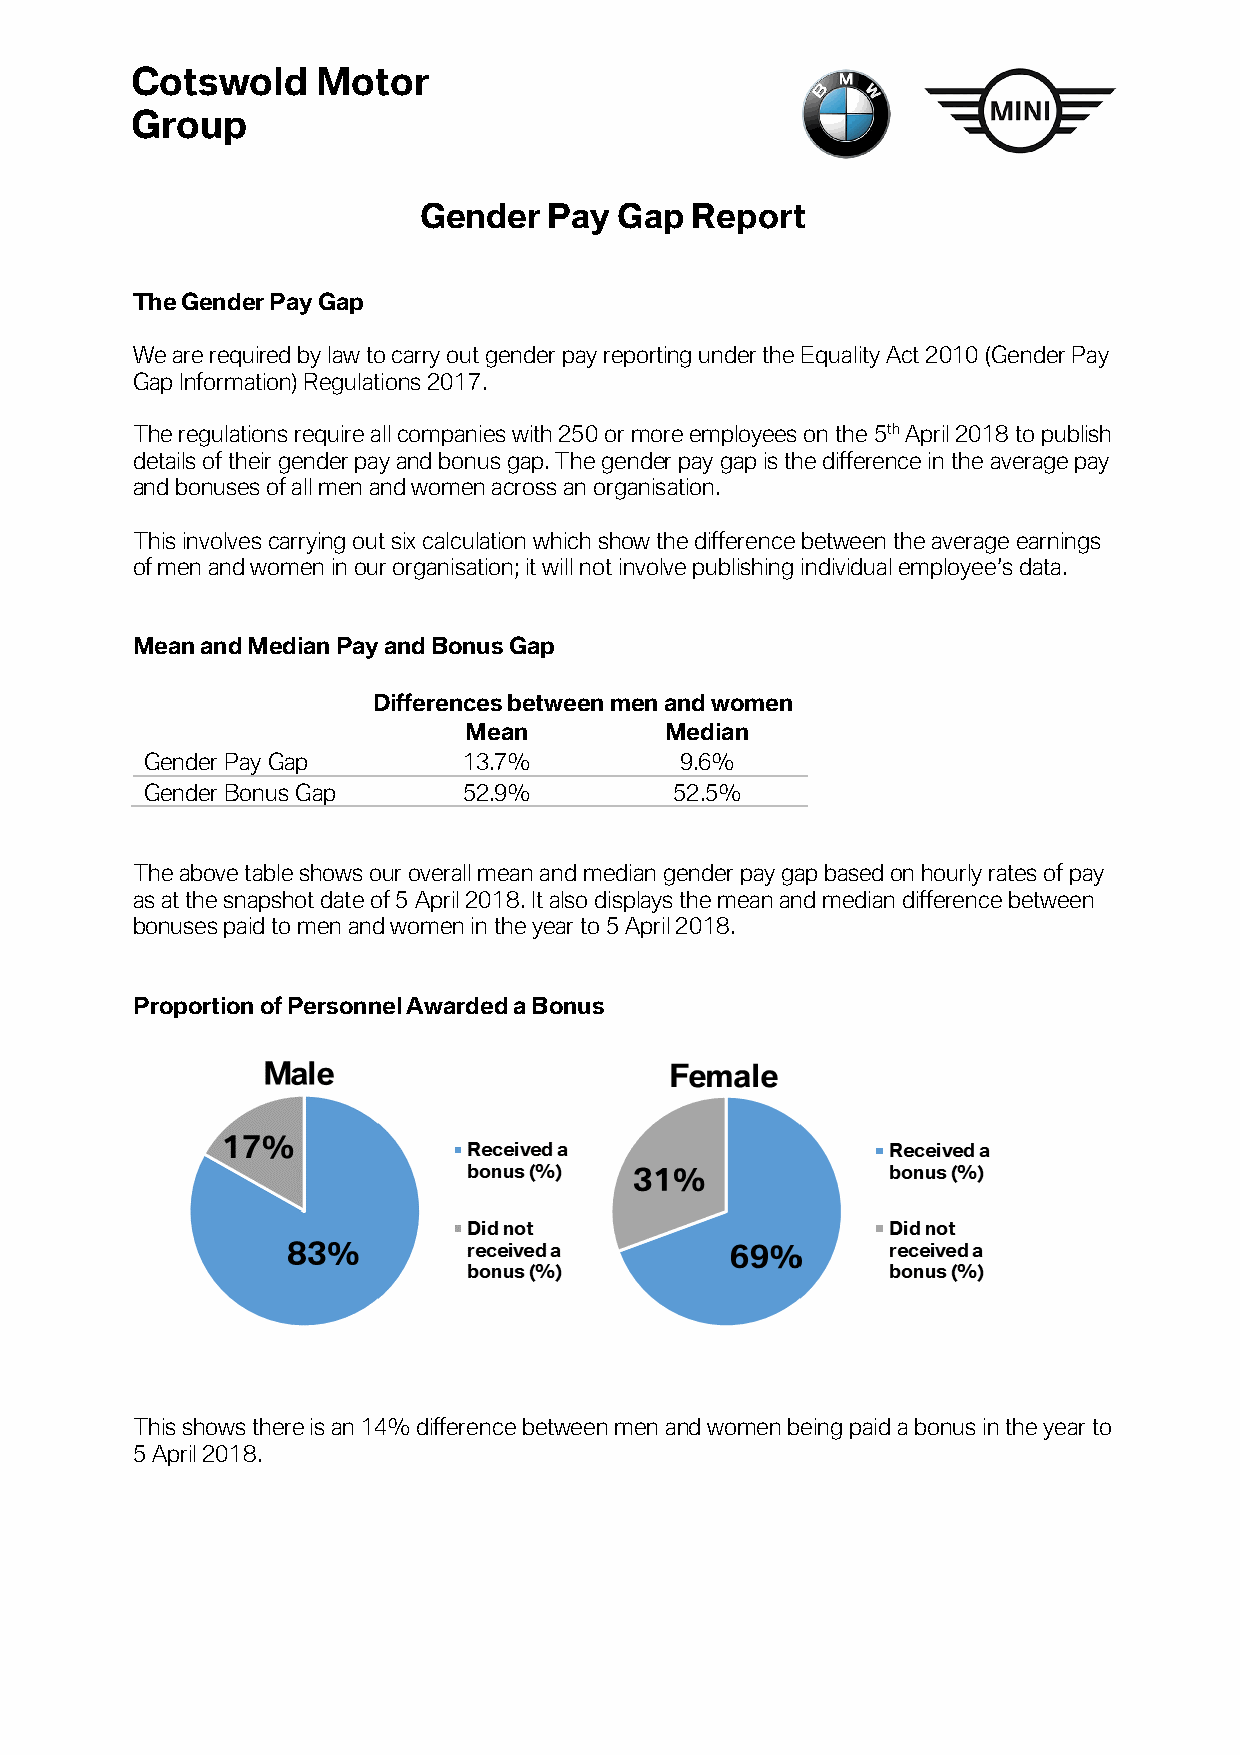
Cotswold    Motor
 Group
 Gender  Pay  Gap  Report
 The Gender Pay Gap
 We are required by law to carry out gender pay reporting under the Equality Act 2010 (Gender Pay
 Gap Information) Regulations 2017.
 The regulations require all companies with 250 or more employees on the 5th April 2018 to publish
 details of their gender pay and bonus gap. The gender pay gap is the difference in the average pay
 and bonuses of all men and women across an organisation.
 This involves carrying out six calculation which show the difference between the average earnings
 of men and women in our organisation; it will not involve publishing individual employee’s data.
 Mean and Median Pay and Bonus Gap
 Differences between men and women
 Mean         Median
 Gender P ay Gap      13.7%         9.6%
 Gender Bonus Gap     52.9%         52.5%
 The above table shows our overall mean and median gender pay gap based on hourly rates of pay
 as at the snapshot date of 5 April 2018. It also displays the mean and median difference between
 bonuses paid to men and women in the year to 5 April 2018.
 Proportion of Personnel Awarded a Bonus
 This shows there is an 14% difference between men and women being paid a bonus in the year to
 5 April 2018.